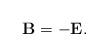
LaTeX: \begin{align*}\mathbf{B}=-\mathbf{E}. \end{align*}